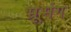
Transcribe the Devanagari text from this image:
भ्रूभंग